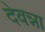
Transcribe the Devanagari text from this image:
देवन्ना